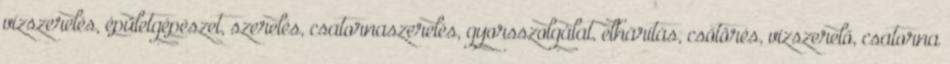
vízszerelés, épületgépészet, szerelés, csatornaszerelés, gyorsszolgálat, elhárítás, csőtörés, vízszerelő, csatorna